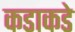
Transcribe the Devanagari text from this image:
कडाकडे